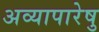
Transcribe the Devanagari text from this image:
अव्यापारेषु